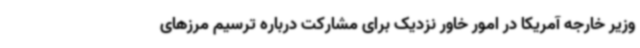
وزیر خارجه آمریکا در امور خاور نزدیک برای مشارکت درباره ترسیم مرزهای